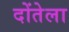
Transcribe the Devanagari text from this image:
दोंतेला